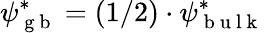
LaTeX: \psi_{\mathrm{~g~b~}}^{*}=(1/2)\cdot\psi_{\mathrm{~b~u~l~k~}}^{*}